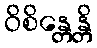
ဝိစိန္တေန္တိ